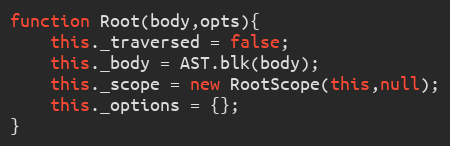
Language: JavaScript
function Root(body,opts){
	this._traversed = false;
	this._body = AST.blk(body);
	this._scope = new RootScope(this,null);
	this._options = {};
}